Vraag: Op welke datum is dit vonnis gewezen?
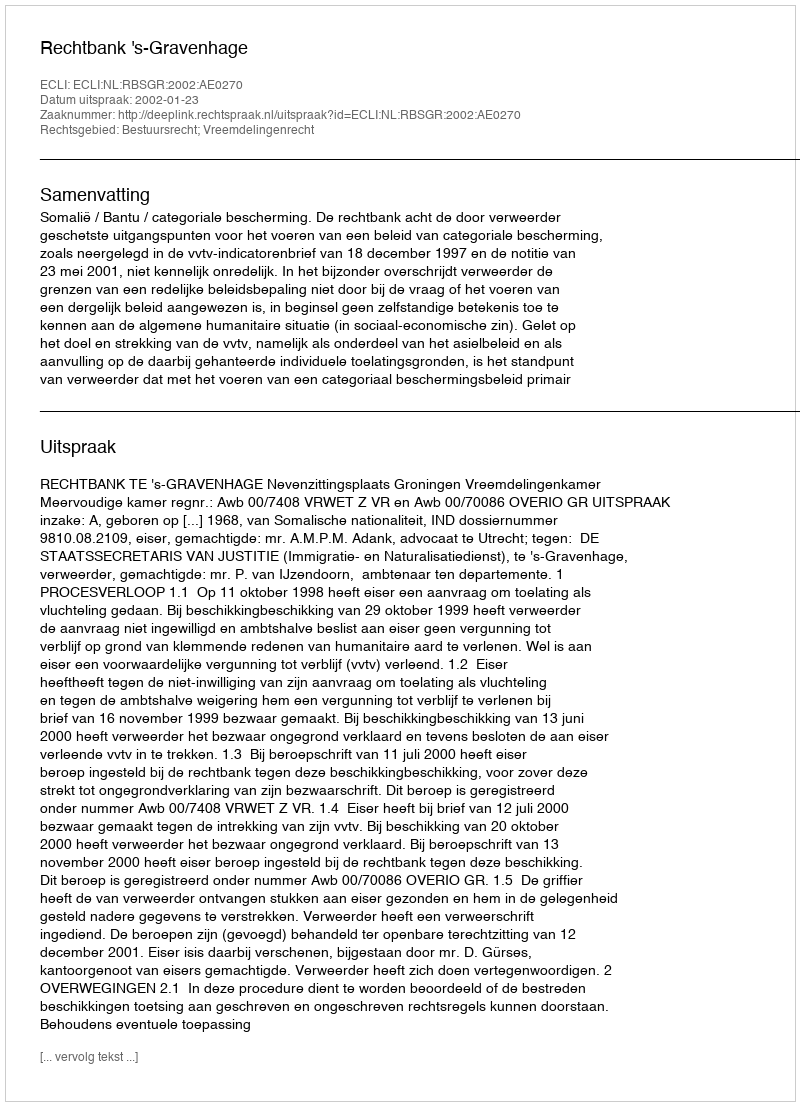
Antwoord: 2002-01-23